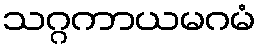
သဂ္ဂကာယမဂမံ